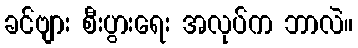
ခင်ဗျား စီးပွားရေး အလုပ်က ဘာလဲ။